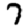
Digit: 7